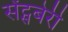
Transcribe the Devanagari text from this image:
सेंट्सबेरी